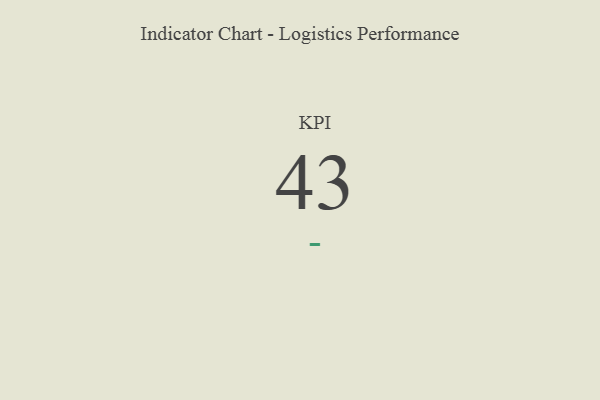
{"axis": {"x": "KPI", "y": "Value"}, "legend": [""], "data": [{"x": "KPI", "y": 43, "type": ""}]}